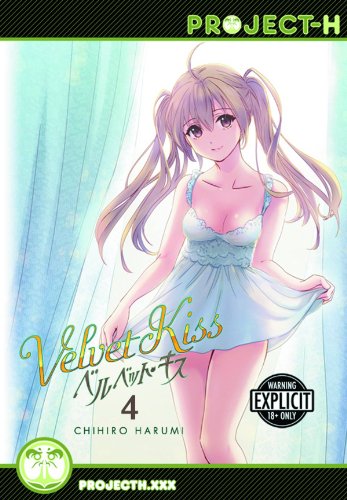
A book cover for Velvet Kiss Volume 4 (Hentai Manga) (Velvet Kiss Gn); Chihiro Harumi; Comics & Graphic Novels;